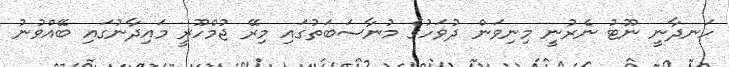
ހަނދާނީ ނޫޓު ނެރުނީ މިނިވަން ދުވަހުގެ މުނާސަބަތުގައި މިރޭ ޖުމްހޫރީ މައިދާނުގައި ބޭއްވުނު